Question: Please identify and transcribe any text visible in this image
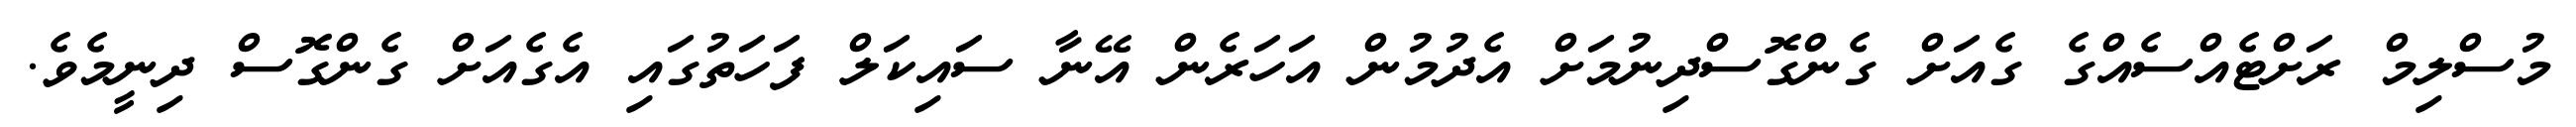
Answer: މުސްލިމް ރަށްޓެއްސެއްގެ ގެއަށް ގެންގޮސްދިނުމަށް އެދުމުން އަހަރެން އޭނާ ސައިކަލް ފަހަތުގައި އެގެއަށް ގެންގޮސް ދިނީމެވެ.